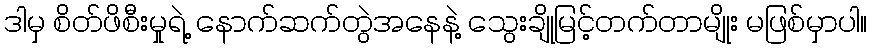
ဒါမှ စိတ်ဖိစီးမှုရဲ့ နောက်ဆက်တွဲအနေနဲ့ သွေးချိုမြင့်တက်တာမျိုး မဖြစ်မှာပါ။